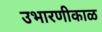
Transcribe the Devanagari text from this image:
उभारणीकाळ